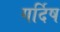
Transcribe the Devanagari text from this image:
गर्दिष